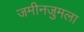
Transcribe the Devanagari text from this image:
जमीनजुमला